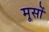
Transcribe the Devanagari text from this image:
मूसों